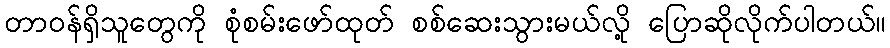
တာဝန်ရှိသူတွေကို စုံစမ်းဖော်ထုတ် စစ်ဆေးသွားမယ်လို့ ပြောဆိုလိုက်ပါတယ်။